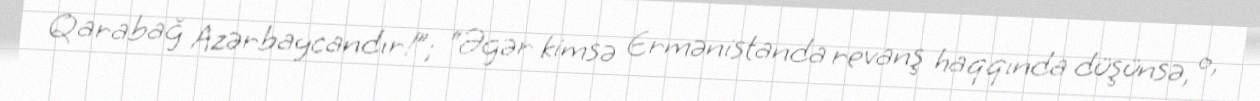
Qarabağ Azərbaycandır!”; “Əgər kimsə Ermənistanda revanş haqqında düşünsə, o,